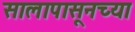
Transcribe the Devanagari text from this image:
सालापासूनच्या